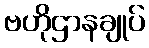
ဗဟိုဌာနချုပ်